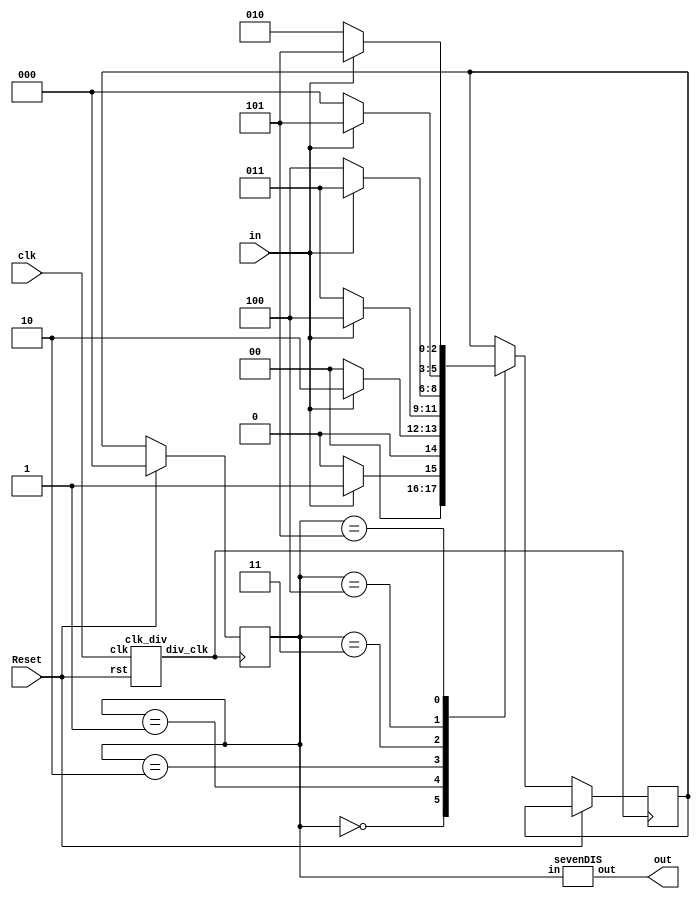
module lab2(clk,Reset,in,out);
	
	input clk,in,Reset;
	output [6:0] out;
	
	//reg [6:0] out;
	reg [2:0] State,NextState;
	//wire [6:0] tout;
	wire div_clk;
	parameter S0=0,S1=1,S2=2,S3=3,S4=4,S5=5;
	
	clk_div c1(.clk(clk),.rst(Reset),.div_clk(div_clk));
	sevenDIS DIS(.in(State),.out(out));
	
always@(posedge div_clk)
begin
		if(Reset)
			State <= S0;
		else
		begin
			State <= NextState;
			case(State)
		S0:begin
				if(in)
					NextState = S1;
				else
					NextState = S0;
			end
		S1:begin
				if(in)
					NextState = S2;
				else
					NextState = S0;
			end
		S2:begin
				if(in)
					NextState = S4;
				else
					NextState = S3;
			end
		S3:begin
				if(in)
					NextState = S3;
				else
					NextState = S4;
			end
		S4:begin
				if(in)
					NextState = S5;
				else
					NextState = S0;
			end
		S5:begin
				if(in)
					NextState = S5;
				else
					NextState = S2;
			end
		
	endcase
		end
		//out <= tout;
end
/*always@(State)
begin
	case(State)
		S0:begin
				if(in)
					NextState = S1;
				else
					NextState = S0;
			end
		S1:begin
				if(in)
					NextState = S2;
				else
					NextState = S0;
			end
		S2:begin
				if(in)
					NextState = S4;
				else
					NextState = S3;
			end
		S3:begin
				if(in)
					NextState = S3;
				else
					NextState = S4;
			end
		S4:begin
				if(in)
					NextState = S5;
				else
					NextState = S0;
			end
		S5:begin
				if(in)
					NextState = S5;
				else
					NextState = S2;
			end
		
	endcase
end*/	
endmodule 

`define TimeExpire 32'd25000000

module clk_div(clk,rst,div_clk);
	input clk,rst;
	output div_clk;
	
	reg div_clk;
	reg[31:0] count;
	
	always@(posedge clk)
	begin
		if(rst)
		begin
			count <= 32'd0;
			div_clk <= 1'b0;
		end
		else
		begin
			if(count == `TimeExpire)
			begin
				count <= 32'd0;
				div_clk <= ~div_clk;
			end
			else
			begin
				count <= count + 32'd1;
			end
		end
	end
	
endmodule 

module sevenDIS(in,out);
	input [2:0]in;
	output [6:0]out;
	
	reg [6:0]out;

	always@(in)
	begin
		case(in)
			0:out <= 7'b1000000;
			1:out <= 7'b1111001;
			2:out <= 7'b0100100;
			3:out <= 7'b0110000;
			4:out <= 7'b0011001;
			5:out <= 7'b0010010;
			default: out <= out;
		endcase 
	end
endmodule